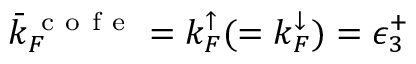
\bar { k } _ { F } ^ { \mathrm { ~ c ~ o ~ f ~ e ~ } } = k _ { F } ^ { \mathord { \uparrow } } ( = k _ { F } ^ { \mathord { \downarrow } } ) = \epsilon _ { 3 } ^ { + }